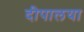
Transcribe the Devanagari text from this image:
दीपालया